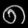
Digit: ၈